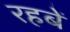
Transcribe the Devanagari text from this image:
रहबें